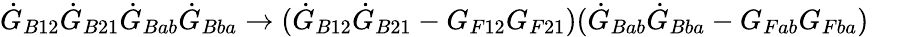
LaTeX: {\dot{G}_{B12}}\dot{G}_{B21}\dot{G}_{Bab}\dot{G}_{Bba}\rightarrow(\dot{G}_{B12}\dot{G}_{B21}-G_{F12}G_{F21})(\dot{G}_{Bab}\dot{G}_{Bba}-G_{Fab}G_{Fba})\quad